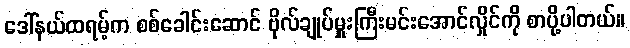
ဒေါ်နယ်ထရမ့်က စစ်ခေါင်းဆောင် ဗိုလ်ချုပ်မှူးကြီးမင်းအောင်လှိုင်ကို စာပို့ပါတယ်။